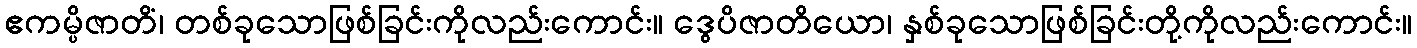
ဧကမ္ပိဇာတိံ၊ တစ်ခုသောဖြစ်ခြင်းကိုလည်းကောင်း။ ဒွေပိဇာတိယော၊ နှစ်ခုသောဖြစ်ခြင်းတို့ကိုလည်းကောင်း။